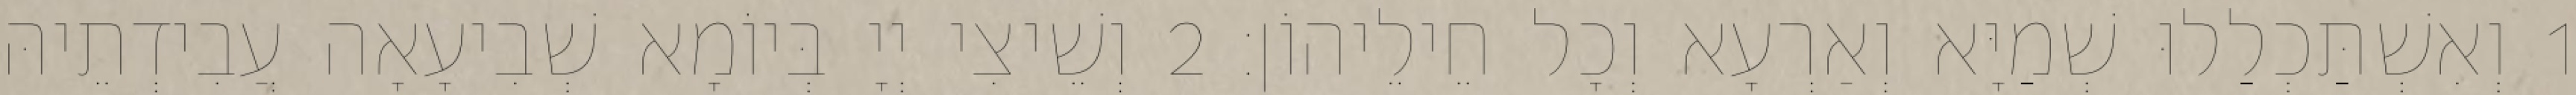
1 וְאִשְׁתַּכְלַלוּ שְׁמַיָּא וְאַרְעָא וְכָל חֵילֵיהוֹן׃ 2 וְשֵׁיצִי יְיָ בְּיוֹמָא שְׁבִיעָאָה עֲבִידְתֵיהּ